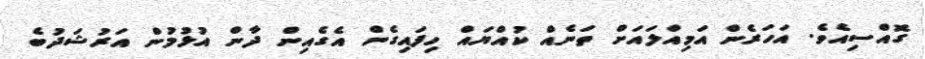
ގޮއްސިއެވެ. އަހަރެން އަމިއްލައަށް ތަނެއް ކުއްޔައް ހިފައިގެން އެގެއިން ދާން އުޅުމުން އަރުޝަދުބެ